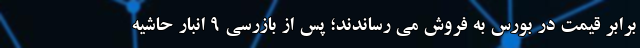
برابر قیمت در بورس به فروش می رساندند؛ پس از بازرسی ۹ انبار حاشیه